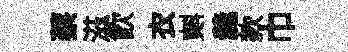
蔡滋飮衣𣂏羹款巾